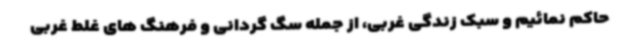
حاکم نمائیم و سبک زندگی غربی، از جمله سگ گردانی و فرهنگ های غلط غربی